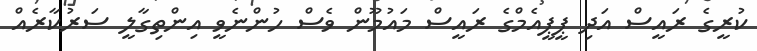
ކުރީގެ ރައީސް އަދި ޕީޕީއެމްގެ ރައީސް މައުމޫން ވެސް ހުންނެވީ އިންތިގާލީ ސަރުކާރެއް